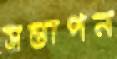
সন্তাপন